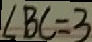
\angle B C = 3